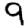
Digit: 9